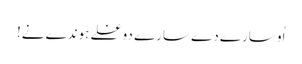
اُو سارے دے سارے دوغلے ہوندے نے!